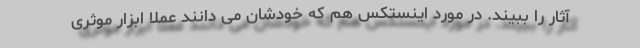
آثار را ببیند. در مورد اینستکس هم که خودشان می دانند عملا ابزار موثری